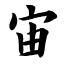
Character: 宙